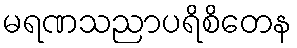
မရဏသညာပရိစိတေန